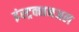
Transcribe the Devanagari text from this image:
इंस्ट्रक्शनअल